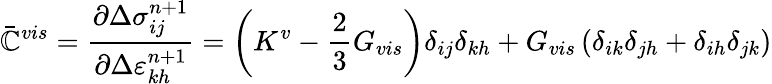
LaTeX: \bar{\mathbb{C}}^{vis}=\frac{\partial\Delta\sigma_{ij}^{n+1}}{\partial\Delta\varepsilon_{kh}^{n+1}}=\left(K^{v}-\frac{2}{3}G_{vis}\right)\delta_{ij}\delta_{kh}+G_{vis}\left(\delta_{ik}\delta_{jh}+\delta_{ih}\delta_{jk}\right)